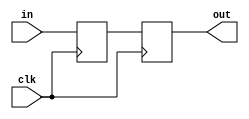
// Classic 2-stage synchronizer to bring asynchronous signals into a clock domain
// for a signal of width 'WIDTH' which defaults to 1

module sync_2stage #(
    parameter WIDTH = 1
) (
    input  wire clk,
    input  wire [WIDTH-1:0] in,
    output wire [WIDTH-1:0] out
);
    
    reg [WIDTH-1:0] sync1, sync2;
    
    always @ (posedge clk) begin
        sync1 <= in;
        sync2 <= sync1;
    end
    assign out = sync2;

endmodule